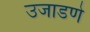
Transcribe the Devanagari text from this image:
उजाडणे